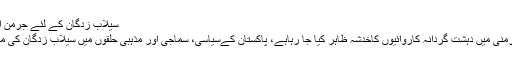
سیلاب زدگان کے لئے جرمن اداروں کی خدمات | حالات حاضرہ | DW | 10.10.2010
ایک ایسے وقت میں جب امریکہ کی طرف سے یورپ اورجرمنی میں دہشت گردانہ کاروائیوں کاخدشہ ظاہر کیا جا رہاہے، پاکستان کےسیاسی، سماجی اور مذہبی حلقوں میں سیلاب زدگان کی مدد کے لئے جرمن حکومت، کی خدمات کو سراہا جا رہا ہے۔